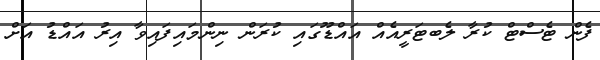
ފެން ޓެސްޓް ކުރާ ލެބޓަރީއެއް އައްޑޫގައި ކުރަން ނިންމައިފައިވާ އިރު އައްޑު އަށް